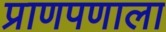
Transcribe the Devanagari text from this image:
प्राणपणाला